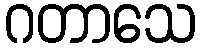
ဂတာသေ